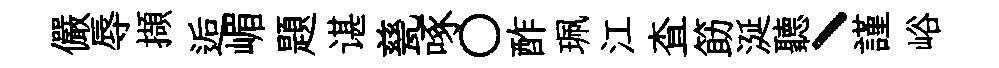
儼辱擷逅嵋題谌甆啄〇酢珮江查筯涎聽丶謹峪